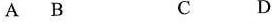
A B C D